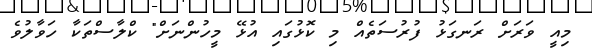
މިއީ ވަރަށް ރަނގަޅު ފުރުސަތެއް މި ކޮޅުގައި އުޅޭ މީހުންނަށް" ކްލާސްތަކާ ހަވާލުވެ